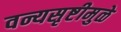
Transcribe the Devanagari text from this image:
वन्यसृष्टीमुळे